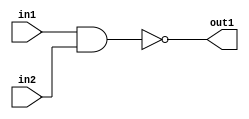
module nand1(in1, in2, out1);
	input in1, in2;
	output out1;
	
	assign tmp = in1&in2;
	assign out1 = ~tmp;
	
endmodule